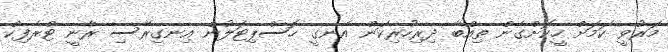
މަރުވީ ކަމަށް ހީކޮށްގެން ތިއްބާ ދިރިހުރިކަން އެނގީ ހޮސްޕިޓަލުން އިނގިރޭސި ރާނީ ޓްރެފިކް